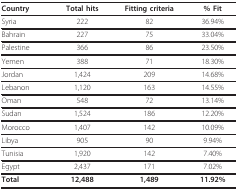
| Country | Total hits | Fitting criteria | % Fit |
 | --- | --- | --- | --- |
 | Syria | 222 | 82 | 36.94% |
 | Bahrain | 227 | 75 | 33.04% |
 | Palestine | 366 | 86 | 23.50% |
 | Yemen | 388 | 71 | 18.30% |
 | Jordan | 1,424 | 209 | 14.68% |
 | Lebanon | 1,120 | 163 | 14.55% |
 | Oman | 548 | 72 | 13.14% |
 | Sudan | 1,524 | 186 | 12.20% |
 | Morocco | 1,407 | 142 | 10.09% |
 | Libya | 905 | 90 | 9.94% |
 | Tunisia | 1,920 | 142 | 7.40% |
 | Egypt | 2,437 | 171 | 7.02% |
 | Total | 12,488 | 1,489 | 11.92% |